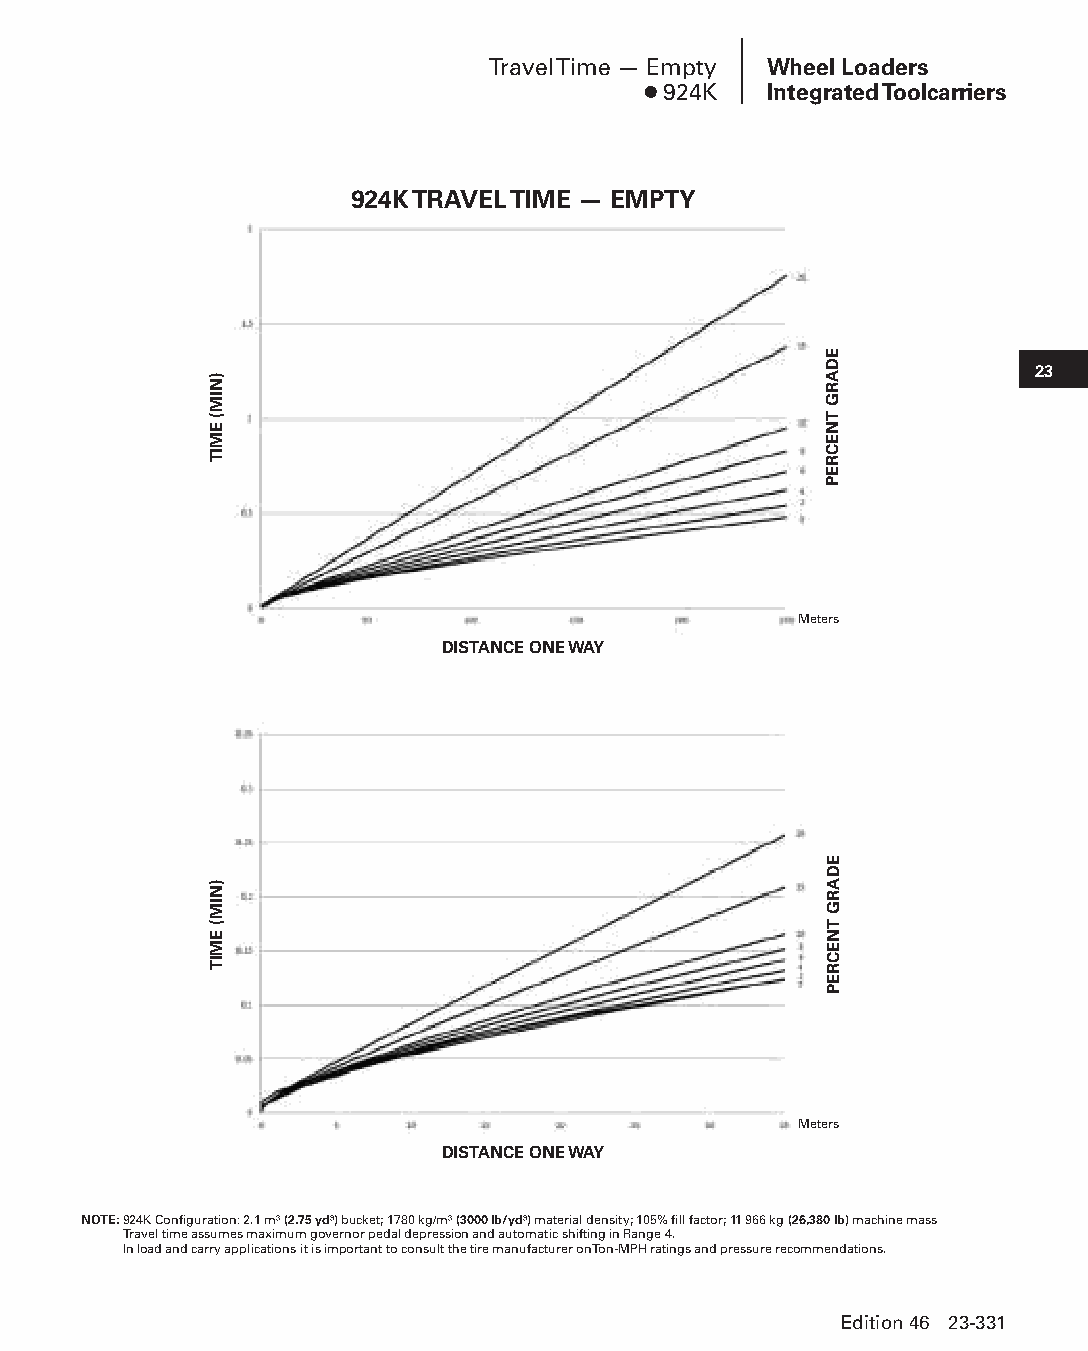
Travel Time — Empty Wheel Loaders
 ● 924K  Integrated Toolcarriers
 924K TRAVEL TIME — EMPTY
 23
 Meters
 DISTANCE ONE WAY
 Meters
 DISTANCE ONE WAY
 NOTE: 924K Configuration: 2.1 m3 (2.75 yd3) bucket; 1780 kg/m3 (3000 lb/yd3) material density; 105% fill factor; 11 966 kg (26,380 lb) machine mass
 Travel time assumes maximum governor pedal depression and automatic shifting in Range 4.
 In load and carry applications it is important to consult the tire manufacturer on Ton-MPH ratings and pressure recommendations.
 Edition 46 23-331
 PPHHBB--SSeecc2233((ppgg332255--338800))..iinndddd 333311      1122//44//1155 1111::1133 AAMM
 )NIM(
 EMIT
 )NIM(
 EMIT
 EDARG
 TNECREP
 EDARG
 TNECREP